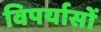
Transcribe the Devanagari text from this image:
विपर्यासों